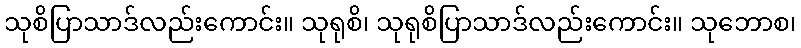
သုစိပြာသာဒ်လည်းကောင်း။ သုရုစိ၊ သုရုစိပြာသာဒ်လည်းကောင်း။ သုဘောစ၊